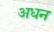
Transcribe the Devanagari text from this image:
अधन